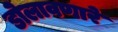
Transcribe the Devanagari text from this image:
डोलावणारे